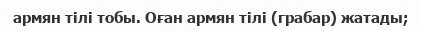
армян тілі тобы. Оған армян тілі (грабар) жатады;